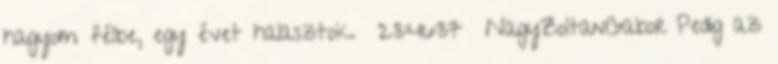
hagyom félbe, egy évet halasztok. 23:46:37 NagyZoltanGabor Pedig az